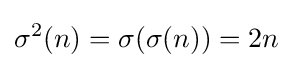
\sigma ^{2}(n)=\sigma (\sigma (n))=2n